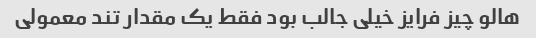
هالو چیز فرایز خیلی جالب بود فقط یک مقدار تند معمولی